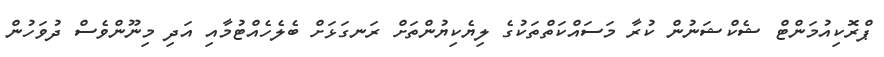
ޕްރޮކިއުމަންޓް ޝެކްޝަނުން ކުރާ މަސައްކަތްތަކުގެ ލިޔެކިޔުންތަށް ރަނގަޅަށް ބެލެހެއްޓުމާއި އަދި މިނޫންވެސް ދުވަހުން